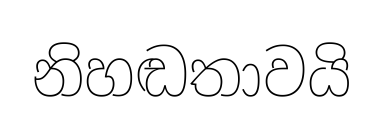
නිහඬතාවයි